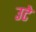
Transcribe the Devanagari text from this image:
उटे